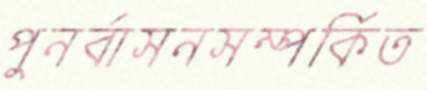
পুনর্বাসনসম্পর্কিত